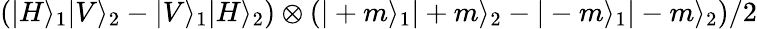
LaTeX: \left(|H\rangle_{1}|V\rangle_{2}-|V\rangle_{1}|H\rangle_{2}\right)\otimes\left(|+m\rangle_{1}|+m\rangle_{2}-|-m\rangle_{1}|-m\rangle_{2}\right)/2